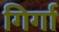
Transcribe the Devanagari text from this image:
गिर्गा